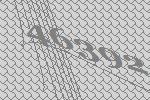
46392